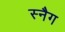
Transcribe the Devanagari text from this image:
स्नैग